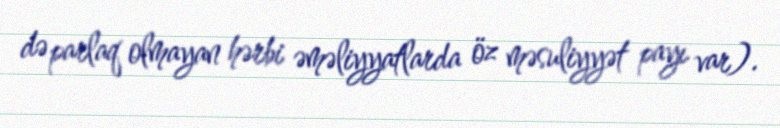
də parlaq olmayan hərbi əməliyyatlarda öz məsuliyyət payı var).